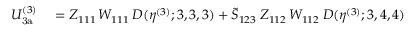
\begin{array} { r l } { U _ { \mathrm { 3 a } } ^ { ( 3 ) } } & { { } = Z _ { 1 1 1 } \, W _ { 1 1 1 } \: D ( \eta ^ { ( 3 ) } ; 3 , 3 , 3 ) + \tilde { S } _ { 1 2 3 } \: Z _ { 1 1 2 } \, W _ { 1 1 2 } \: D ( \eta ^ { ( 3 ) } ; 3 , 4 , 4 ) } \end{array}